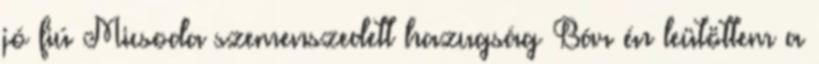
jó fiú Micsoda szemenszedett hazugság Bár én leütöttem a